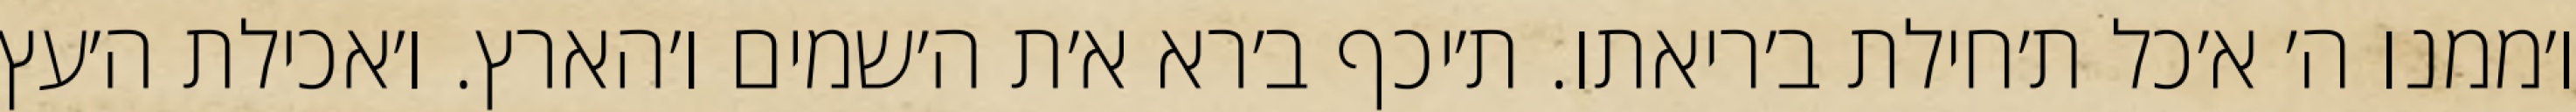
ו׳ממנו ה׳ א׳כל ת׳חילת ב׳ריאתו. ת׳יכף ב׳רא א׳ת ה׳שמים ו׳הארץ. ו׳אכילת ה׳עץ